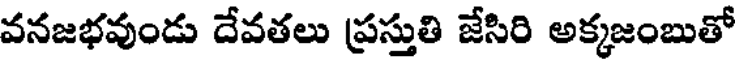
వనజభవుండు దేవతలు ప్రస్తుతి జేసిరి అక్కజంబుతో